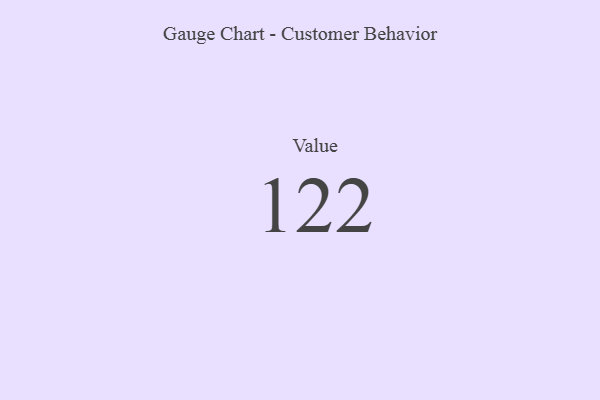
{"axis": {"x": "Metric", "y": "Value"}, "legend": [""], "data": [{"x": "Value", "y": 122, "type": ""}]}